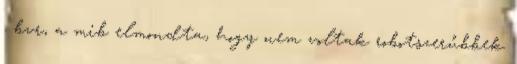
. bvr, a mib elmondta, hogy nem voltak robotszerűbbek